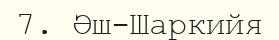
7. Әш-Шаркийя